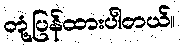
တုံ့ပြန်ထားပါတယ်။